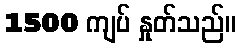
1500 ကျပ် နှုတ်သည်။